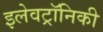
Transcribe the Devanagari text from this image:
इलेवट्रॉनिकी